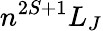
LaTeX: n^{2S+1}L_{J}